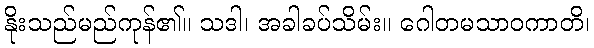
နိုးသည်မည်ကုန်၏။ သဒါ၊ အခါခပ်သိမ်း။ ဂေါတမသာဝကာတိ၊